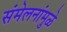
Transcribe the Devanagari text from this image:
संमेलनांमुळे